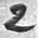
Text: 2